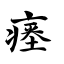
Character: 瘗